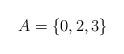
LaTeX: \begin{align*}A = \{0,2,3\}\end{align*}